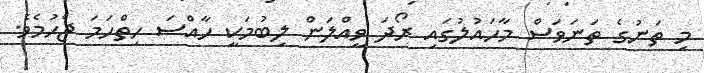
މި ތަނުގެ ތަނަވަސް މާހައުލުގައި ރޯދަ ވީއްލަން ލިބުމަކީ ހާއްސަ ހިތްހަމަ ޖެހުމެވެ.